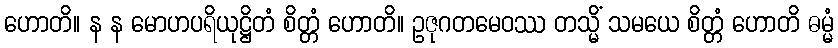
ဟောတိ။ န န မောဟပရိယုဋ္ဌိတံ စိတ္တံ ဟောတိ။ ဥဇုဂတမေဝဿ တသ္မိံ သမယေ စိတ္တံ ဟောတိ ဓမ္မံ